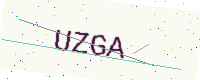
Text: UZGA